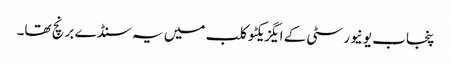
پنجاب یونیورسٹی کے ایگزیکٹو کلب میں یہ سنڈے برنچ تھا۔